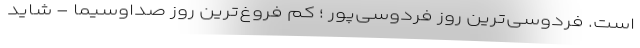
است. فردوسی‌ترین روز فردوسی‌پور ؛ کم فروغ‌ترین روز صداوسیما - شاید